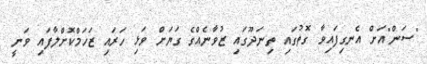
"ސަން"އަށް އެނގިފައިވާ ގޮތުގައި ތިނަދޫގައި ޒުވާނެއްގެ ގަޔަށް ވަޅި ހަރައި ޒަހަމްކޮށްލާފައި ވަނީ